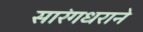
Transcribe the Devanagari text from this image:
सारंगधराने